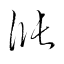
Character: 漲